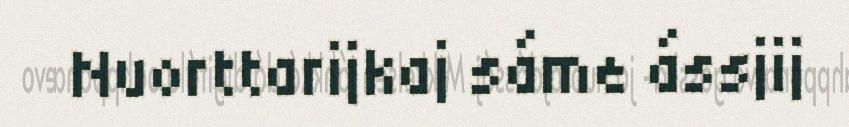
Nuorttarijkaj sáme ássjij